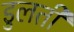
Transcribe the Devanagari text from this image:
डुलती